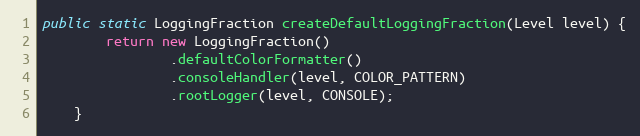
Language: Java
public static LoggingFraction createDefaultLoggingFraction(Level level) {
        return new LoggingFraction()
                .defaultColorFormatter()
                .consoleHandler(level, COLOR_PATTERN)
                .rootLogger(level, CONSOLE);
    }